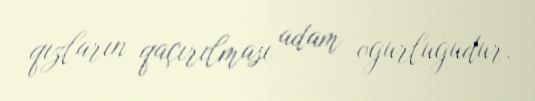
qızların qaçırılması adam oğurluğudur.